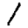
Digit: 1